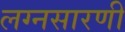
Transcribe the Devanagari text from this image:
लग्नसारणी